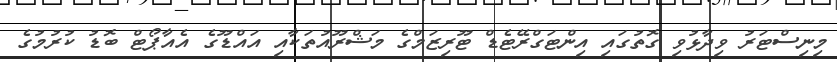
މިނިސްޓަރު ވިދާޅުވި ގޮތުގައި އިންޓަގްރޭޓެޑް ޓޫރިޒަމްގެ މަޝްރޫއުތަކާއި އައްޑޫގެ އެއާޕޯޓް ބޮޑު ކުރުމުގެ